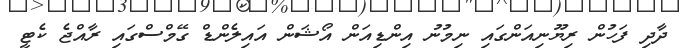
ދާދި ފަހުން ރިޔޫނިއަންގައި ނިމުނު އިންޑިއަން އޯޝަން އައިލެންޑް ގޭމްސްގައި ރާއްޖެ ކެޓީ